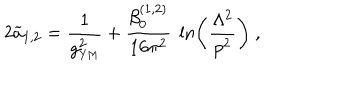
2 { \widetilde a } _ { 1 , 2 } = { \frac { 1 } { g _ { \mathrm { { \small Y M } } } ^ { 2 } } } + { \frac { \beta _ { 0 } ^ { ( 1 , 2 ) } } { 1 6 \pi ^ { 2 } } } ~ \ln \left( { \frac { \Lambda ^ { 2 } } { p ^ { 2 } } } \right) ~ ,